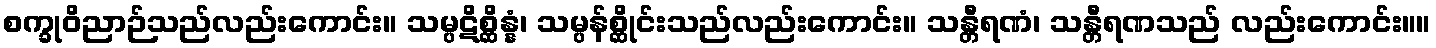
စက္ခုဝိညာဉ်သည်လည်းကောင်း။ သမ္ပဋိစ္ဆိန္နံ၊ သမ္ပန်စ္ဆိုင်းသည်လည်းကောင်း။ သန္တီရဏံ၊ သန္တီရဏသည် လည်းကောင်း။။